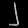
Digit: ၂